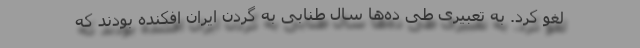
لغو کرد. به تعبیری طی ده‌ها سال طنابی به گردن ایران افکنده بودند که